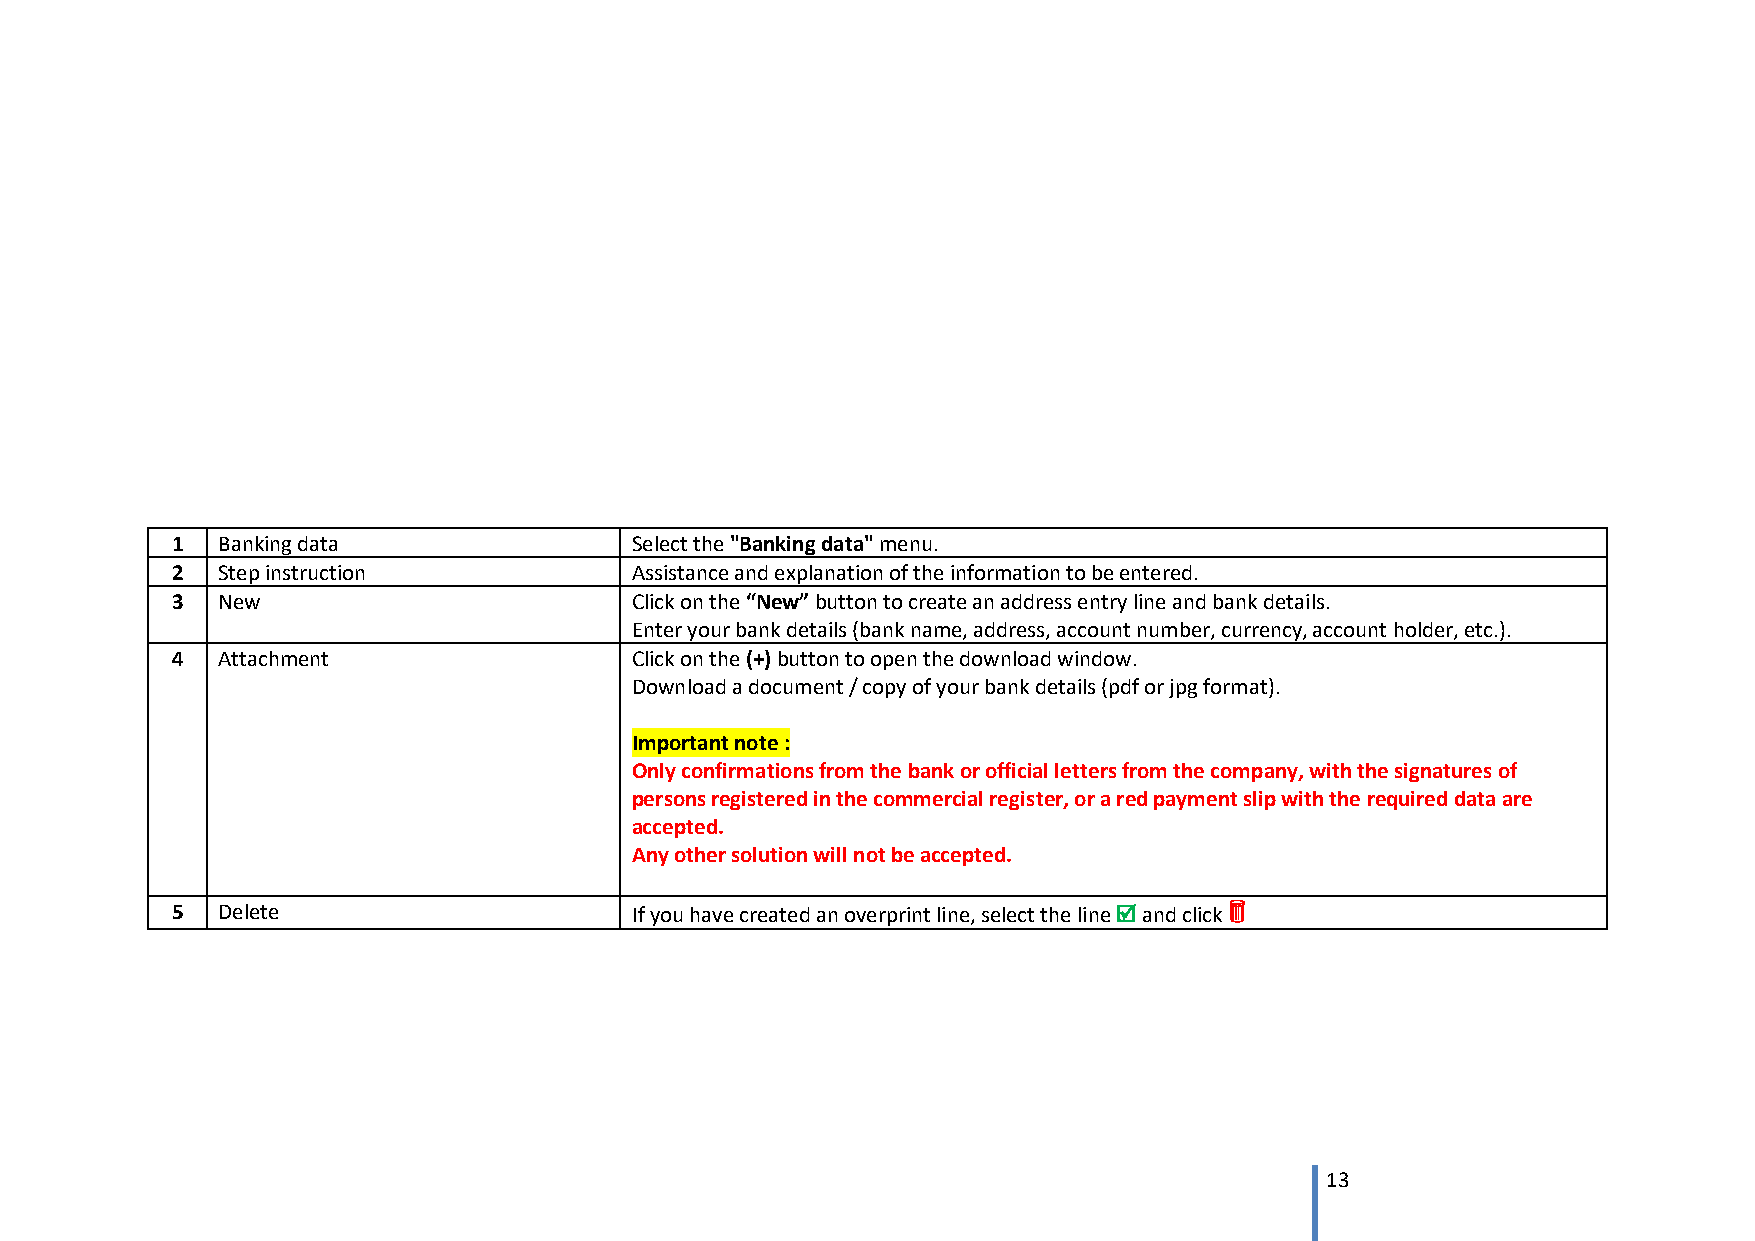
1  Banking data                Select the "Banking data" menu.
 2  Step instruction            Assistance and explanation of the information to be entered.
 3  New                         Click on the “New” button to create an address entry line and bank details.
 Enter your bank details (bank name, address, account number, currency, account holder, etc.).
 4  Attachment                  Click on the (+) button to open the download window.
 Download a document / copy of your bank details (pdf or jpg format).
 Important note :
 Only confirmations from the bank or official letters from the company, with the signatures of
 persons registered in the commercial register, or a red payment slip with the required data are
 accepted.
 Any other solution will not be accepted.
 5  Delete                      If you have created an overprint line, select the line  and click 
 13